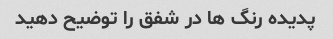
پدیده رنگ ها در شفق را توضیح دهید